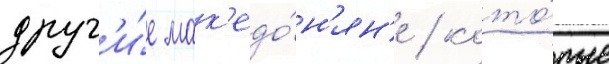
друг'и́е мак'едо́н'ян'е / кото́рые